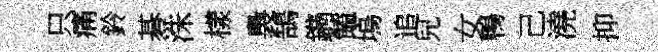
只痛鈴碁洙樣裊鵠鐫饁塢追兒女鴨己澆抑